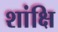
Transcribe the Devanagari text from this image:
शांक्षि